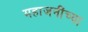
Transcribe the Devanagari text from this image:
महाजनींच्या